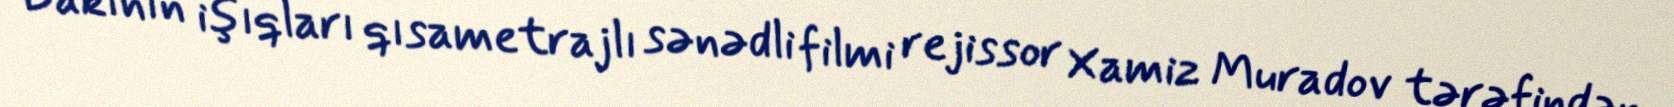
Bakının işıqları qısametrajlı sənədli filmi rejissor Xamiz Muradov tərəfindən